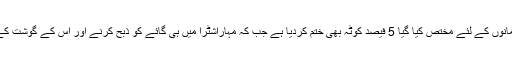
واضح رہے کہ زعفرانی پارٹی کی حکومت نے ریاست مہاراشٹرا میں ملازمتوں اور تعلیمی اداروں میں مسلمانوں کے لئے مختص کیا گیا 5 فیصد کوٹہ بھی ختم کردیا ہے جب کہ مہاراشٹرا میں ہی گائے کو ذبح کرنے اور اس کے گوشت کے استعمال پر بھی پابندی عائد ہے اور خلاف ورزی کرنے والوں کو 5 سال تک قید کی سزا دی جاسکتی ہے۔